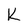
Character: K